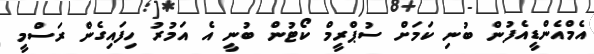
އެމްއެންޑީއެފުން ބުނި ކަމަށް ސުޕްރީމް ކޯޓުން ބުނީ އެ އަމުރު ހިފައިގެން ރަސްމީ